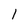
Character: 1